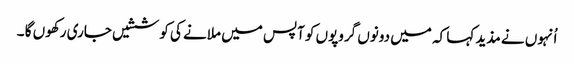
اُنہوں نے مذید کہا کہ میں دونوں گروپوں کو آپس میں ملانے کی کوششیں جاری رکھوں گا ۔